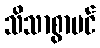
သိသာစွာပင်